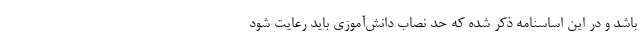
باشد و در این اساسنامه ذکر شده که حد نصاب دانش‌آموزی باید رعایت شود